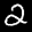
Label: 2